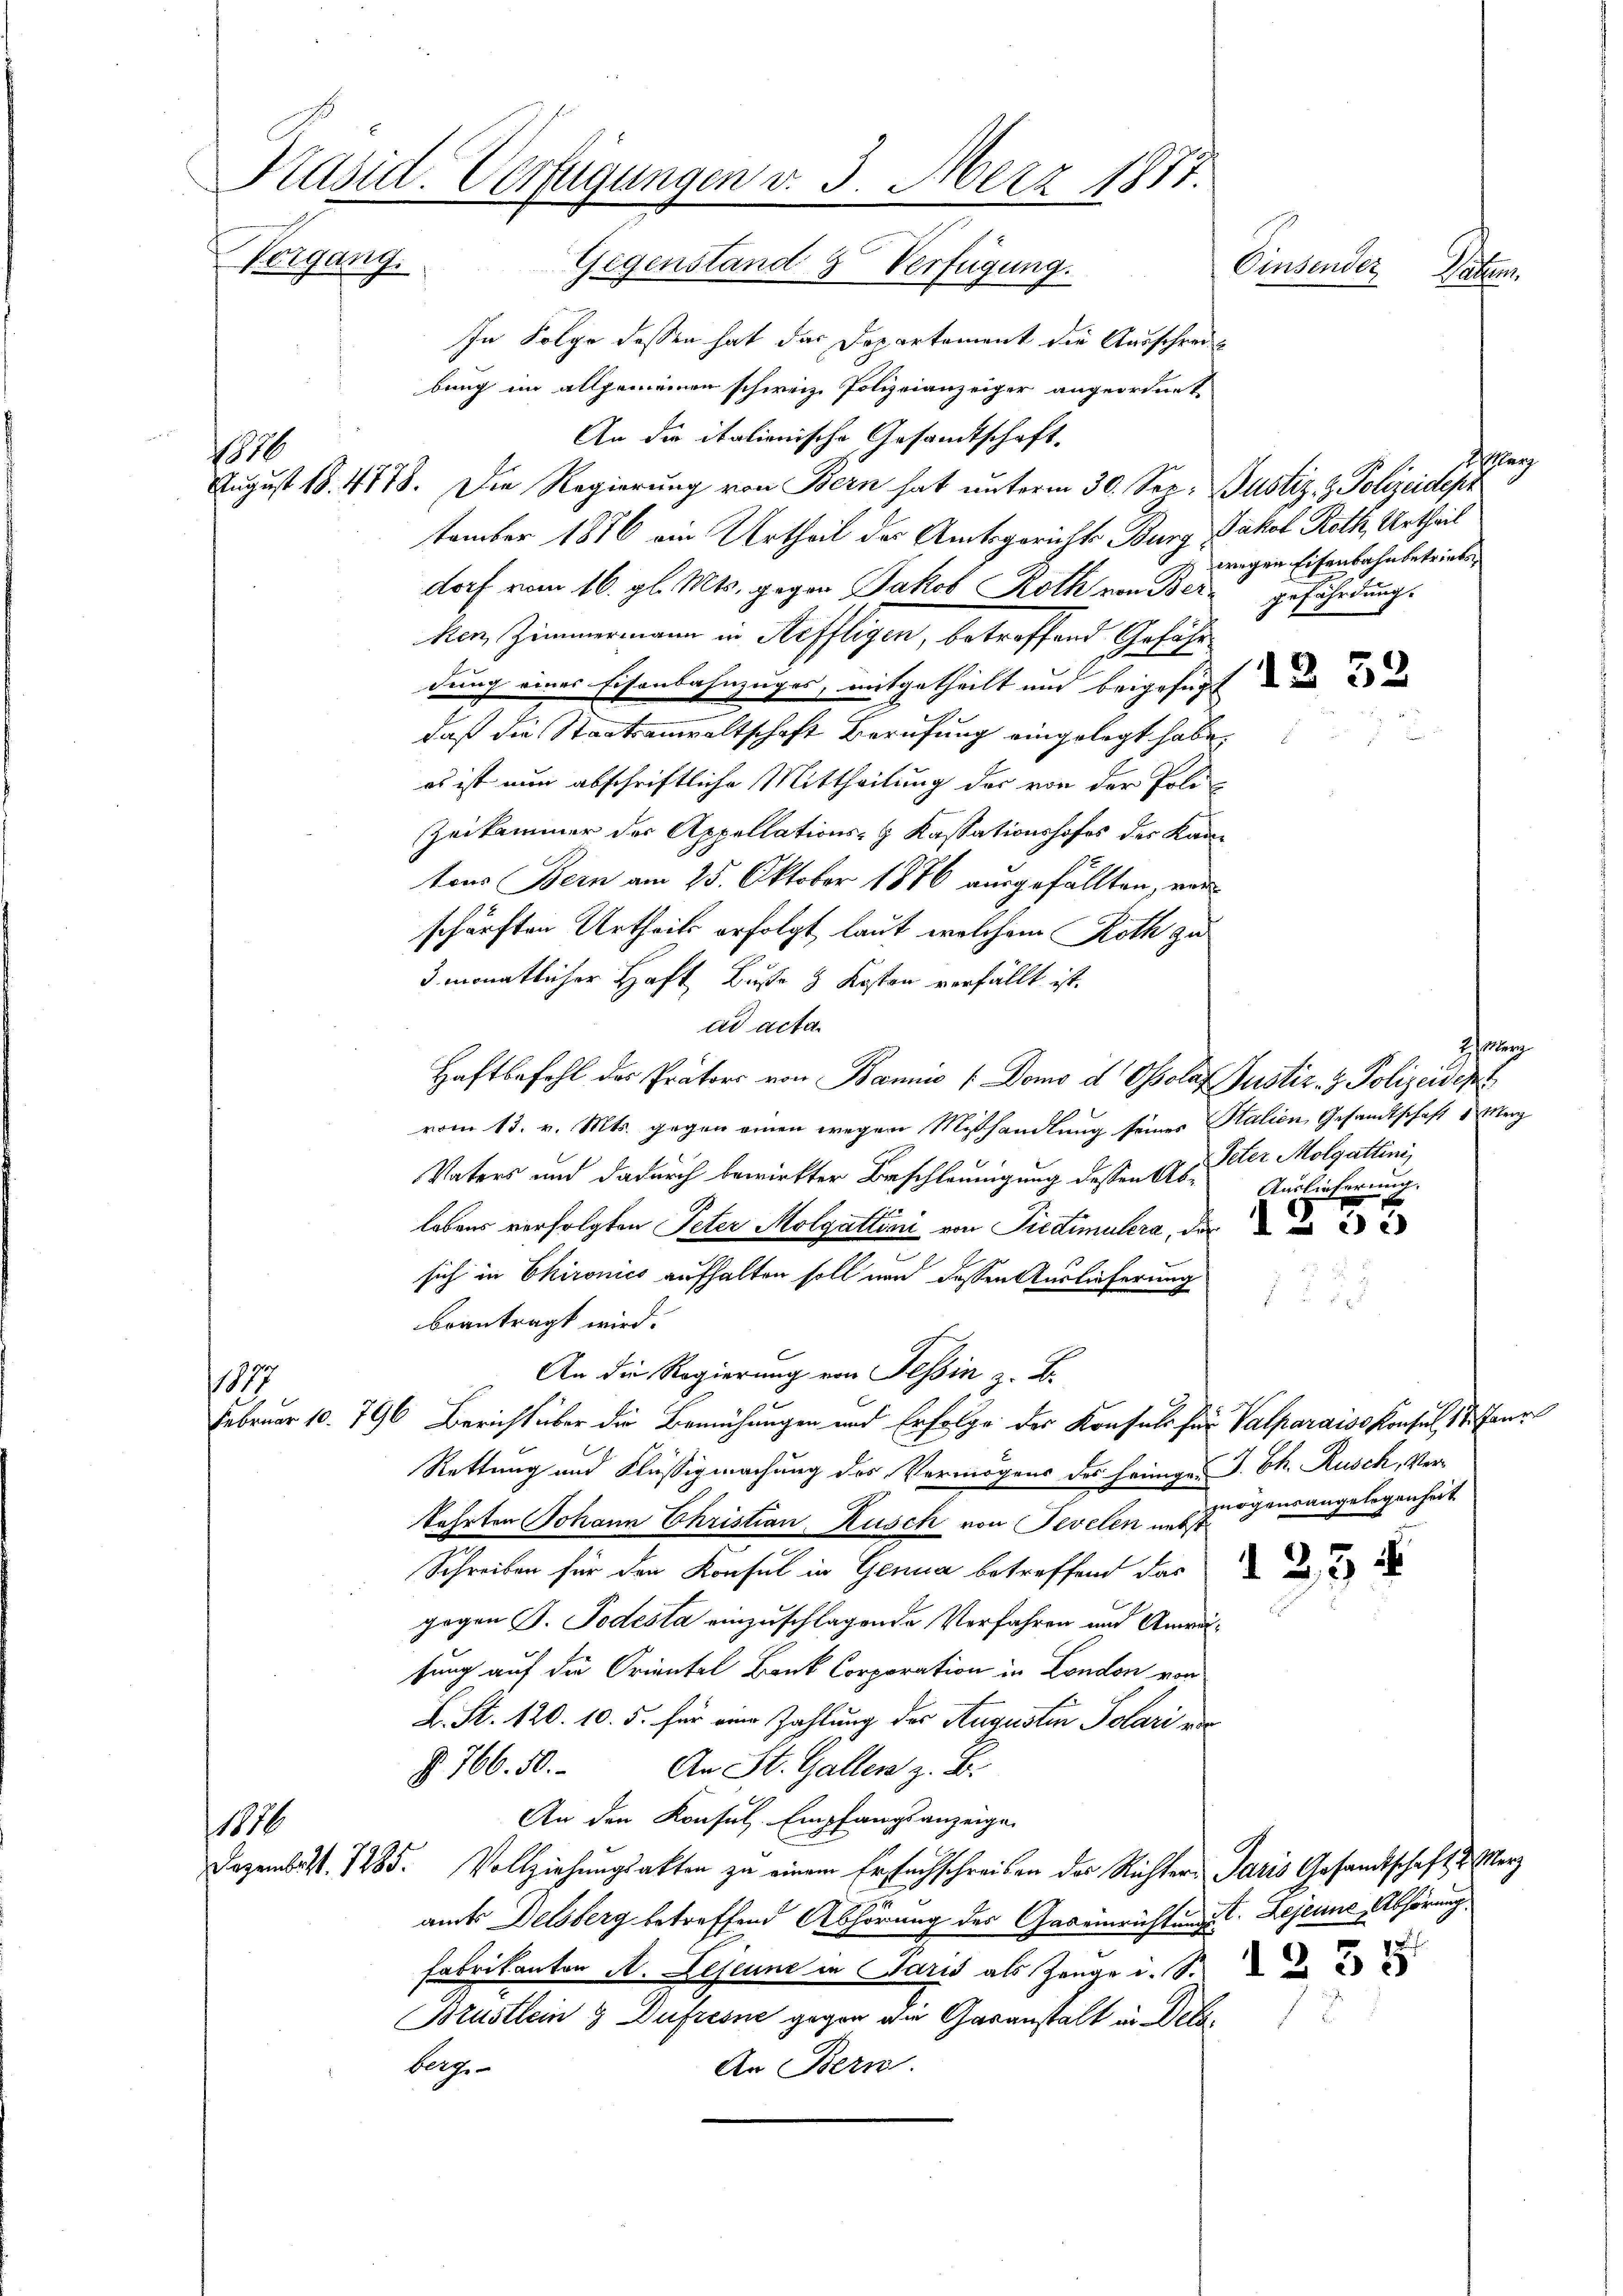
Präsid. Verfügungen v. 3. März 1877.
Vergang.
Gegenstand 3 Verfügung.
Einsendes
Leihen
In Folge dessen hat das Departement die Ausschrei

1870

177

116

bung im allgemeinen schweiz. Polizeianzeiger angeordnet
An die italienische Gesandtschaft
August 18. 4778. Die Regierung von Bern hat unterm 30. See. Justiz- & Polizeidepr
tember 1876 ein Urtheil des Amtsgerichts Burg, Jakob Roth, Urtheil
dorf vom 16. gl. Mts. gegen Jakob Roth von Bergefährdung.
ken, Zimmermann in Steffligen, betreffend Gefähr
dung eines Eisenbahnzüger, mitgetheilt und beigefügt in d
daß die Staatsanwaltschaft Berufung eingelegt habe,
es ist nun abschriftliche Mittheilung der von der Poli-
Zeikammer der Appellations- & Kassationshofes des Kantons Bern am 25. Oktober 1876 ausgefällten, vor
schärften Urtheils erfolgt, laut, welchem Roth zu
3 monatlicher Haft Busse & Kosten verfällt ist.
ad acta.
Haftbefehl des Prators von Bannis (Domo d Ohsolat Gustiz- & Polizeident
vom 13. v. Mts. gegen einen wegen Mißhandlung seines Stalien Gesandtschaft 1 Merz
Vaters und dadurch bewirkter Beschleunigung dessen 15. der Molgattini,
lebens verfolgten Peter Molgattini von Predimulera, der 22
.
sich in Chironics aufhalten soll und dessen Auslieferung
f 5 xx
beantragt wird.
An die Regierung von Tessin z. B.
Februar 10. 796. Bericht über die Bemühungen und Erfolge der Konfels für Valparaiss Konsul 1. Jur
Rettung und Flüssigmachung des Vermögens des Heinige J. Ch. Rusch, Verzögensangelegenheit
kehrten Johann Christian Kusch von Sevelen nebst
Schreiben für den Konsul in Genua betreffend das und d
gegen S. Todesta einzuschlagende Verfahren und Anwälfung auf die Orientel Bank Corporation in London von
L. St. 120. 10. 5. für eine Zahlung des Augustin Polari ein
§ 766. 50. An St. Gallen z. B.
An den Konsul Empfangsanzeigen
Dezemb. S. 1285. Vollziehungsakten zu einem Erfuchschreiben der Richter Paris Gesandtschaft d. Merz
amts Delsberg betreffend Abhörung des Gaseinrichtung. Lejeune Abhörung
Fabrikanton A. Lejeune in Paris als Zeuge u. S. 2
Brustlein & Dufresne gegen die Gasanstalt in Delsberge
An Bern.

ag
wegen Eisenbahnbetriebs¬

Heer
Auslieferung.